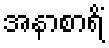
အနာစာရိံ